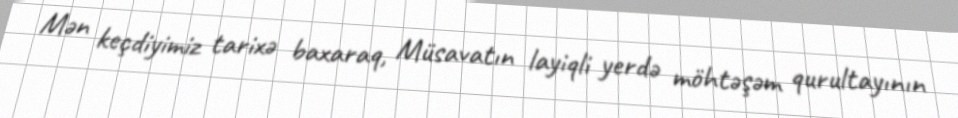
Mən keçdiyimiz tarixə baxaraq, Müsavatın layiqli yerdə möhtəşəm qurultayının